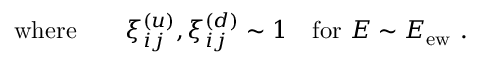
\mathrm { w h e r e } \qquad { \xi } _ { i j } ^ { ( u ) } , { \xi } _ { i j } ^ { ( d ) } \sim 1 \quad \mathrm { { f o r } } \ E \sim E _ { \mathrm { e w } } \ .